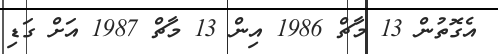
އެގޮތުން 13 މާޗް 1986 އިން 13 މާޗް 1987 އަށް ގަޑި